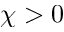
\chi > 0